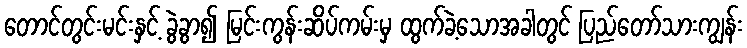
တောင်တွင်းမင်းနှင့် ခွဲခွာ၍ မြင်းကွန်းဆိပ်ကမ်းမှ ထွက်ခဲ့သောအခါတွင် ပြည်တော်သားကျွန်း